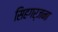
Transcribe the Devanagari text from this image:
सिहगर्जना